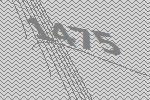
1475